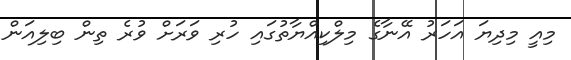
މިއީ މިދިޔަ އަހަރު އޭނާގެ މިލްކިއްޔާތުގައި ހުރި ވަރަށް ވުރެ ތިން ބިލިއަން